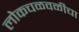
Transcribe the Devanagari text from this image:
लोकचळवळीचा